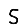
Digit: 5